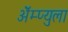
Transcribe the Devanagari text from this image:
ॲेम्प्युला